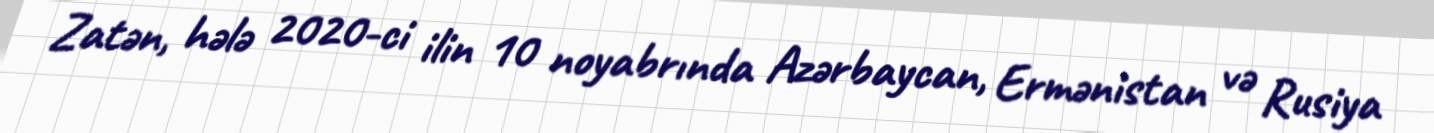
Zatən, hələ 2020-ci ilin 10 noyabrında Azərbaycan, Ermənistan və Rusiya